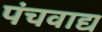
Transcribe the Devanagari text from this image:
पंचवाद्य